画像に写った文字を読んでください
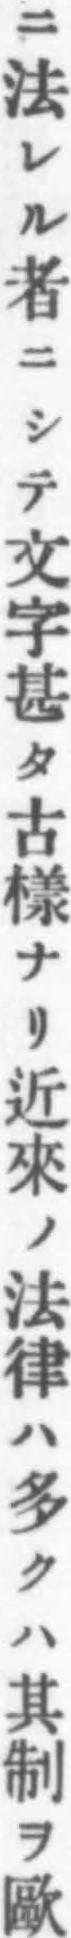
「ニ法レル者ニシテ文字甚タ古樣ナリ近來ノ法律ハ多クハ其制ヲ歐」と書いてあります